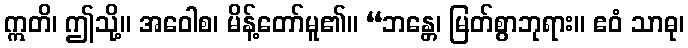
ဣတိ၊ ဤသို့။ အဝေါစ၊ မိန့်တော်မူ၏။ “ဘန္တေ၊ မြတ်စွာဘုရား။ ဧဝံ သာဓု၊